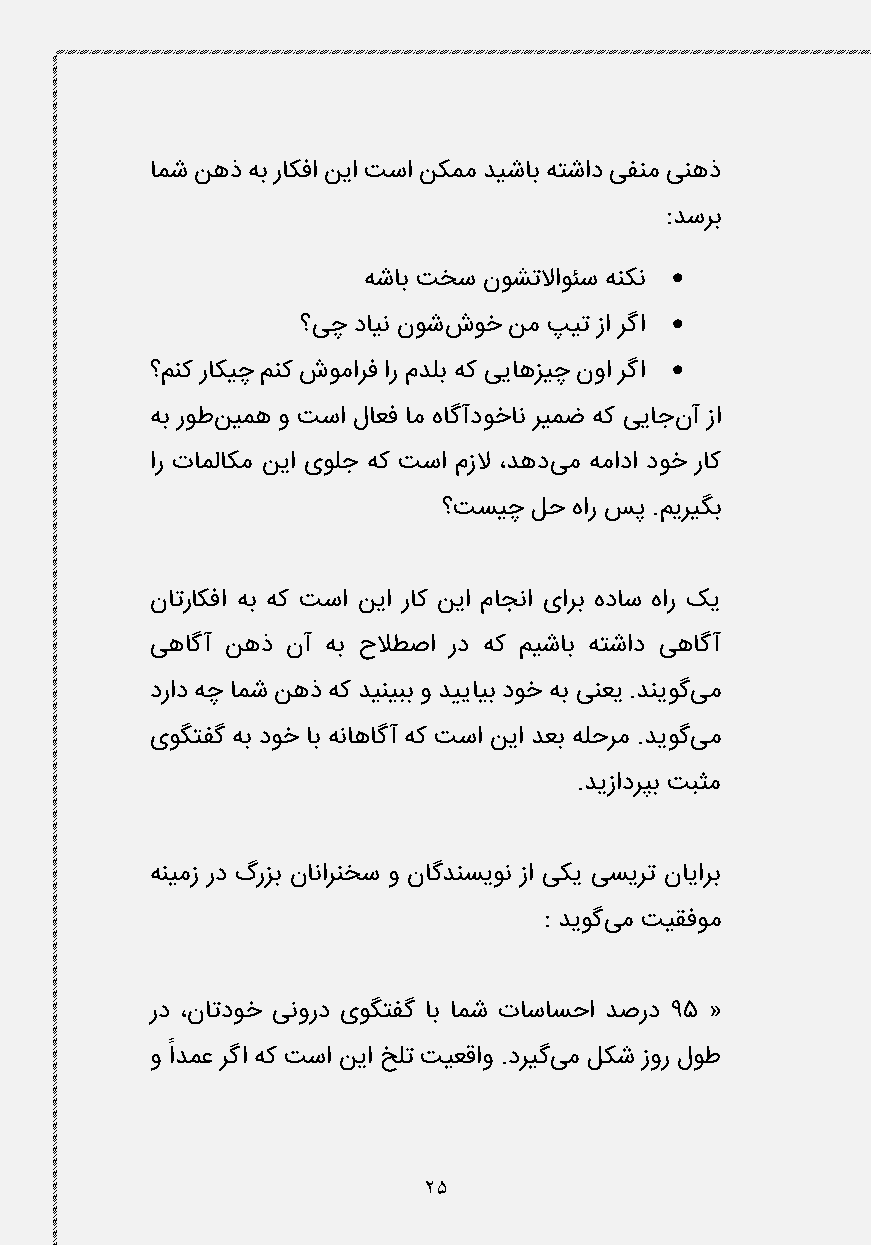
امش نهذ هب راکفا نیا تسا نکمم دیشاب هتشاد یفنم ینهذ
 :دسرب
 
 هشاب تخس نوشتلااوئس هنکن
 
 ؟یچ داین نوششوخ نم پیت زا رگا
 
 ؟منک راکیچ منک شومارف ار مدلب هک ییاهزیچ نوا رگا
 هب روطنیمه و تسا لاعف ام هاگآدوخان ریمض هک ییاجنآ زا
 ار تاملاکم نیا یولج هک تسا مزلا ،دهدیم همادا دوخ راک
 ؟تسیچ لح هار سپ .میریگب
 ناتراکفا هب هک تسا نیا راک نیا ماجنا یارب هداس هار کی
 یهاگآ نهذ نآ هب حلاطصا رد هک میشاب هتشاد یهاگآ
 دراد هچ امش نهذ هک دینیبب و دییایب دوخ هب ینعی .دنیوگیم
 یوگتفگ هب دوخ اب هناهاگآ هک تسا نیا دعب هلحرم .دیوگیم
 .دیزادرپب تبثم
 هنیمز رد گرزب نانارنخس و ناگدنسیون زا یکی یسیرت نایارب
 : دیوگیم تیقفوم
 رد ،ناتدوخ ینورد یوگتفگ اب امش تاساسحا دصرد 95 «
 ً
 و ادمع رگا هک تسا نیا خلت تیعقاو .دریگیم لکش زور لوط
 25